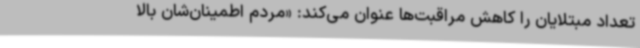
تعداد مبتلایان را کاهش مراقبت‌ها عنوان می‌کند: «مردم اطمینان‌شان بالا